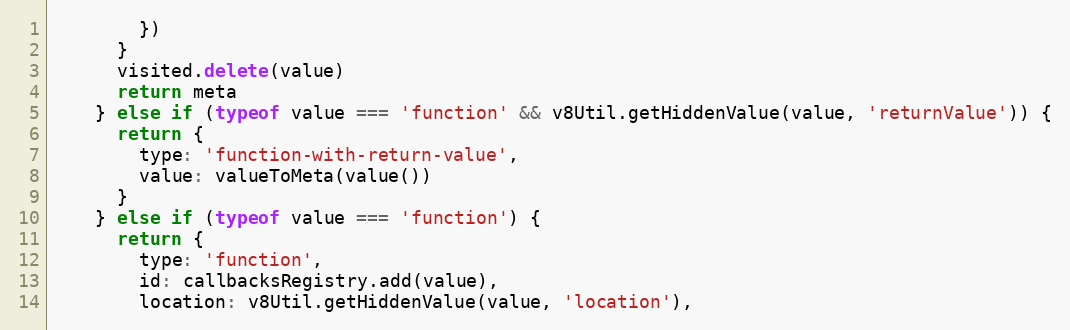
Language: JavaScript
        })
      }
      visited.delete(value)
      return meta
    } else if (typeof value === 'function' && v8Util.getHiddenValue(value, 'returnValue')) {
      return {
        type: 'function-with-return-value',
        value: valueToMeta(value())
      }
    } else if (typeof value === 'function') {
      return {
        type: 'function',
        id: callbacksRegistry.add(value),
        location: v8Util.getHiddenValue(value, 'location'),